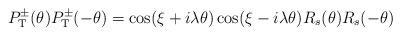
LaTeX: \begin{align*}P_{\rm T}^{\pm}(\theta)P_{\rm T}^{\pm}(-\theta) = \cos(\xi + i\lambda \theta)\cos(\xi - i\lambda \theta) R_s(\theta)R_s(-\theta)\end{align*}